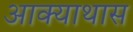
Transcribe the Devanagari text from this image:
आक्याथास